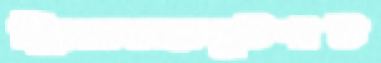
স্ক্রিভেনেরলুটপাট